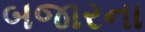
બજારના